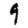
Digit: 9